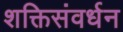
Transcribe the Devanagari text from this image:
शक्तिसंवर्धन